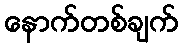
နောက်တစ်ချက်